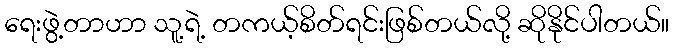
ရေးဖွဲ့တာဟာ သူ့ရဲ့ တကယ့်စိတ်ရင်းဖြစ်တယ်လို့ ဆိုနိုင်ပါတယ်။